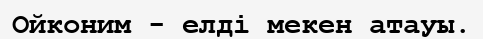
Ойконим - елді мекен атауы.